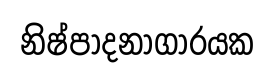
නිෂ්පාදනාගාරයක